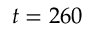
t = 2 6 0